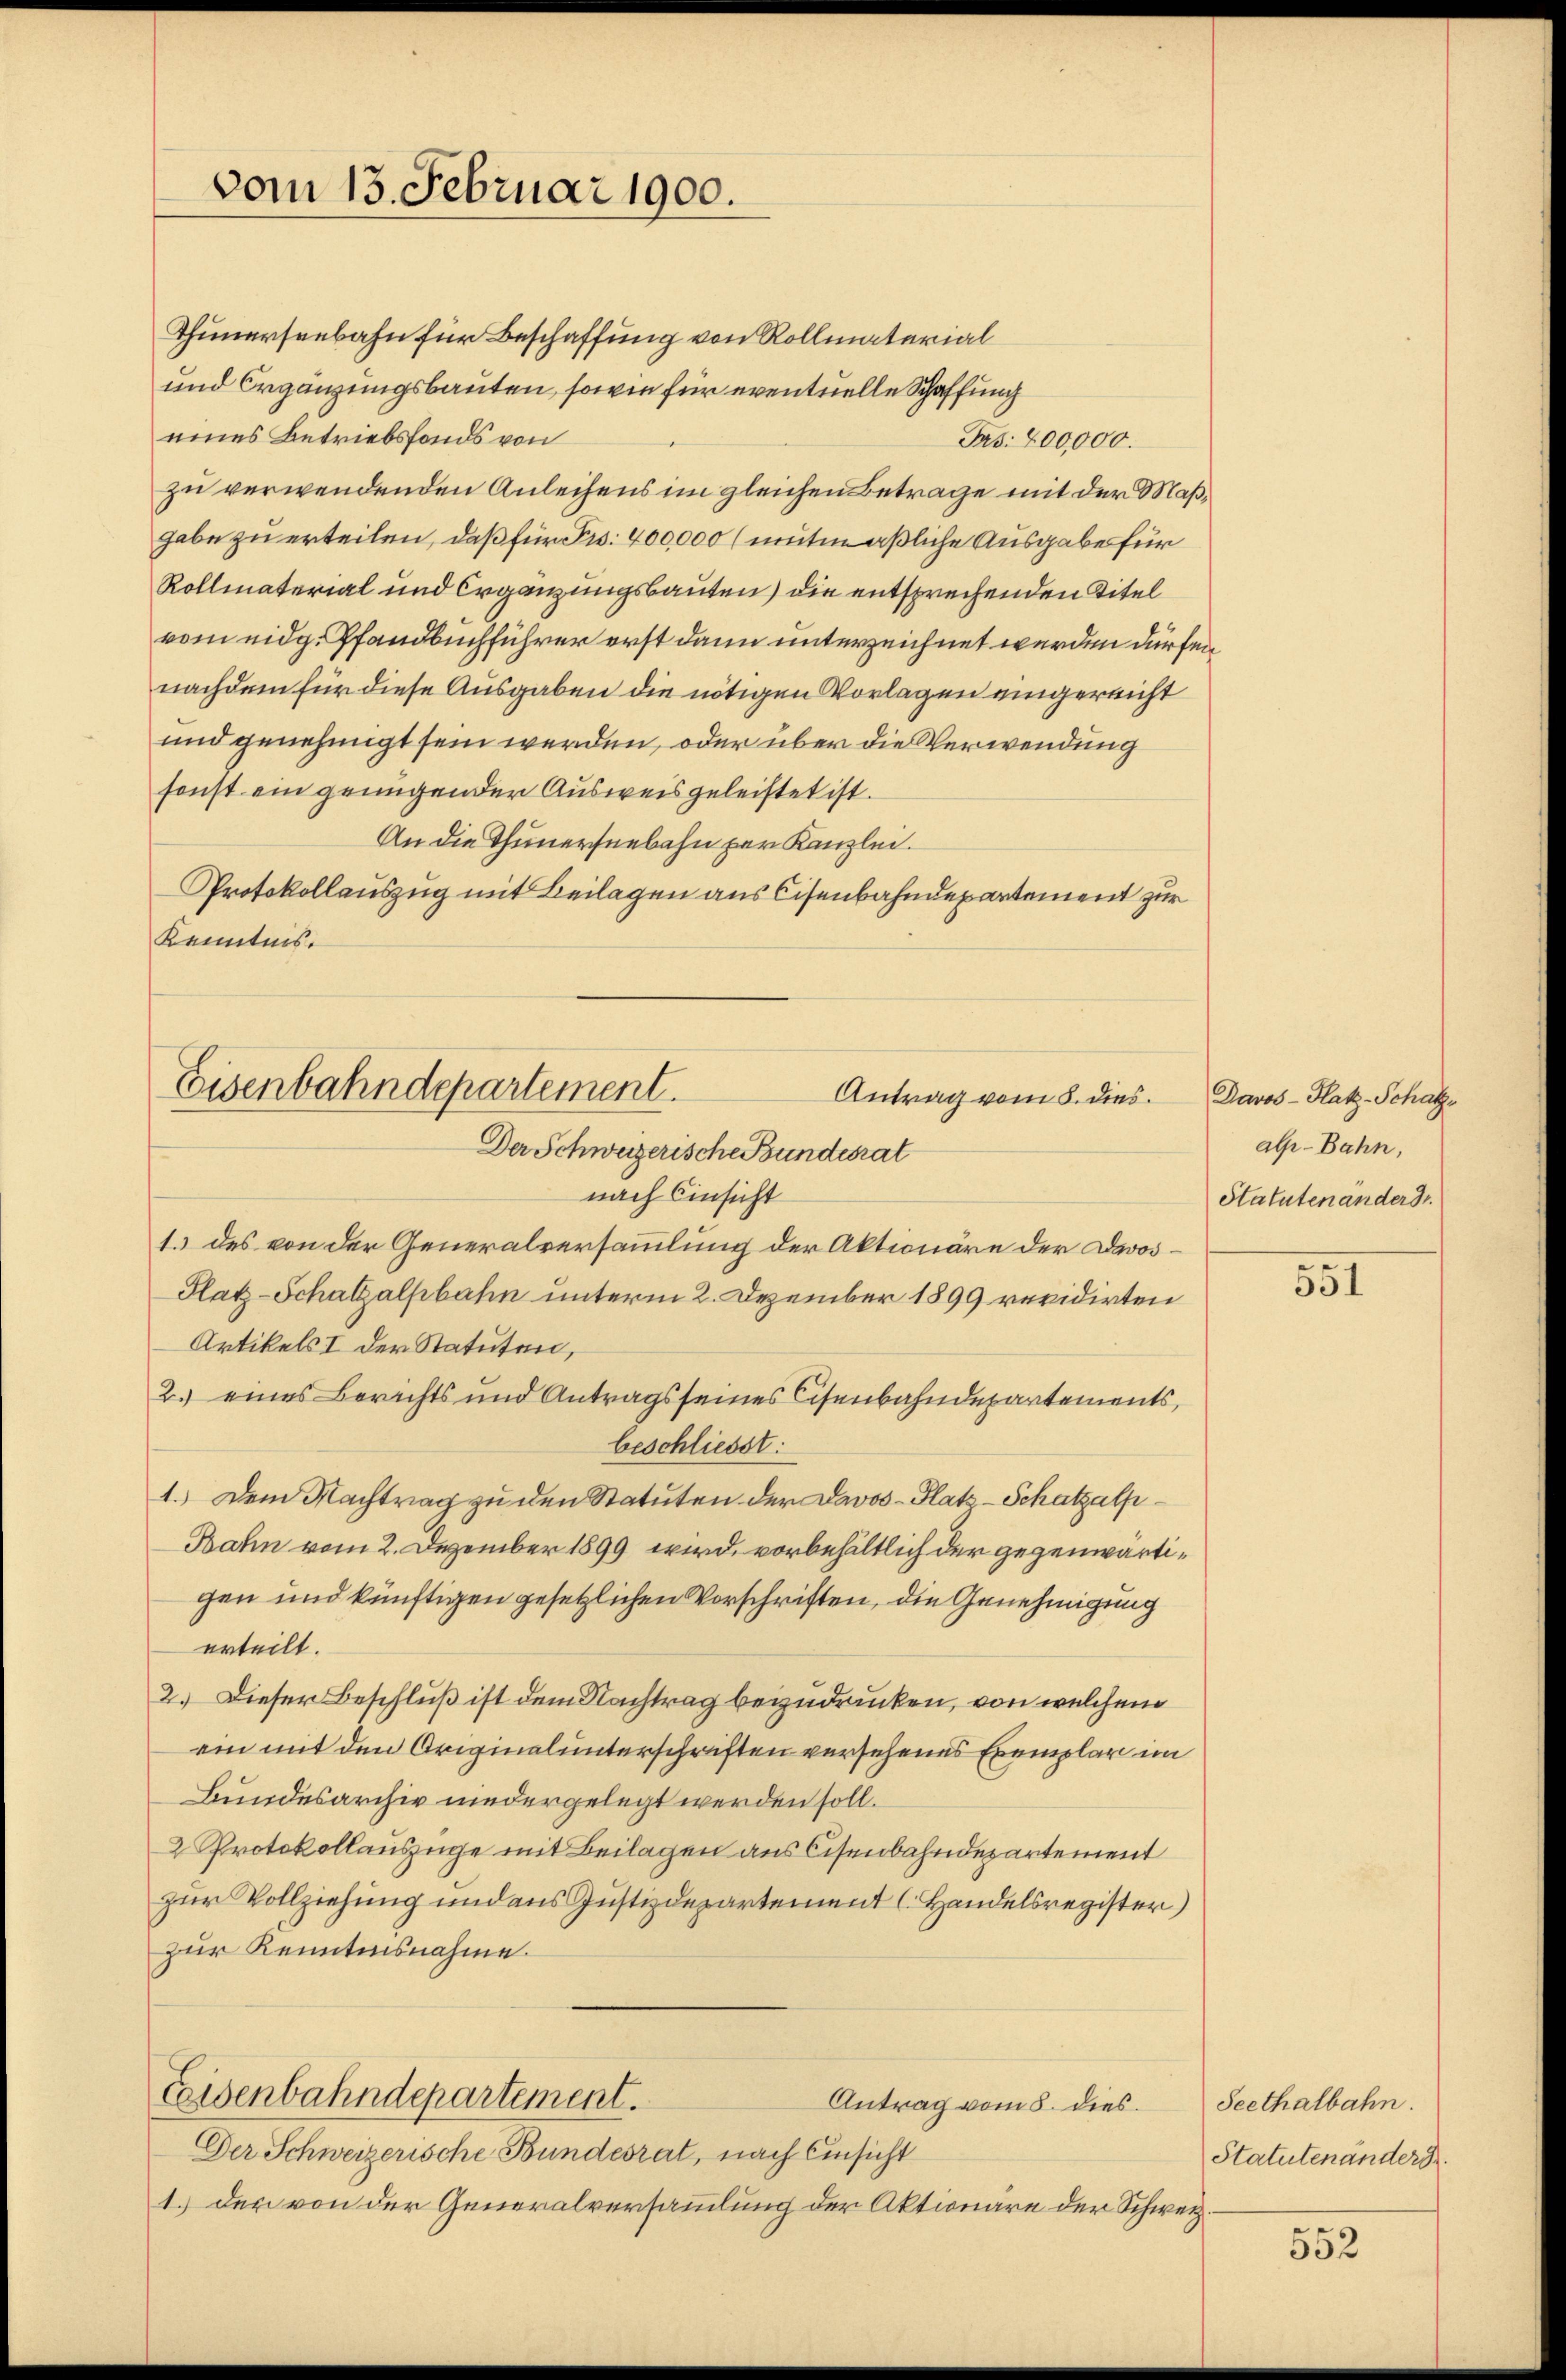
vom 13. Februar 1900.

Thunerseebahn für Beschaffung von Rollmaterial
und Ergänzungsbauten, sowie für eventuelle Schaffung
eines Betriebsfonds von
Jas: 200,000.
zu verwendenden Anleihens im gleichen Betrage mit der Maßgabe zu erteilen, daß für Fr. 400,000 (mitmaßliche Ausgabe für
Rollmaterial und Ergänzungsbauten) die entsprechenden Titel
vom eidg. Pfandbuchführer erst dann unterzeichnet werden dürfen
nachdem für diese Ausgaben die nötigen Vorlagen eingereicht
und genehmigt sein werden, oder über die Verwendung
sonst ein genügender Ausweis geleistet ist.
An die Thunerseebahn per Kanzlei.
Protokollauszug mit Beilagen aus Cisenbahndepartement zur
Kenntnis.

Eisenbahndepartement.
Antrag vom 8. dies
Der Schweizerische Bundesrat

nach Einsicht
1. des von der Generalversammlung der Aktionäre der Davos¬
Platz-Schatzalpbahn unterm 2. Dezember 1899 revidirten
Artikels I der Statuten,
2.) eines Berichts und Antrags seines Cisenbahndepartements,
beschliesst:
1.) Dem Nachtrag zu den Statuten der Davos- Platz-Schatzalp¬
Bahn vom 2. Dezember 1899 wird, vorbehältlich der gegenwärtigen und künftigen gesetzlichen Vorschriften, die Genehmigung
erteilt.
2.) Dieser Beschluß ist dem Nachtrag beizudrücken, von welchem
ein mit den Originalunterschriften versehenes Exemplar im
Bundesarchiv niedergelegt werden soll.
2 Protokollauszüge mit Beilagen aus Cisenbahndepartement
zur Vollziehung und aus Justizdepartement (Handelsregister)
zur Kenntnisnahme.
Eeisenbahndepartement.
Antrag vom 8. dies
Der Schweizerische Bundesrat, nach Einsicht
1. der von der Generalversammlung der Aktionäre der Schweiz.

Davos - Hatz-Schatz
al-Bahn,
Statutenänders

551

Seethalbahn.
Statutenänders

552